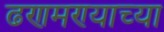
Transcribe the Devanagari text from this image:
ढणमण्याच्या